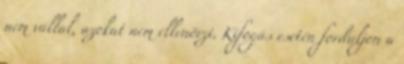
nem vállal, azokat nem ellenőrzi. Kifogás esetén forduljon a